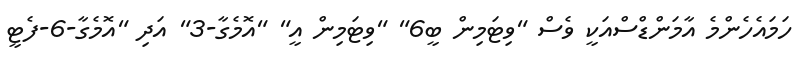
ހަމައެހެންމެ އާމަންޑްސްއަކީ ވެސް "ވިޓަމިން ބީ6" "ވިޓަމިން އީ" "އޮމެގާ-3" އަދި "އޮމެގާ-6-ފެޓީ